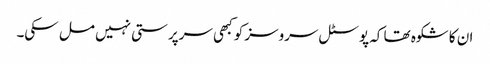
ان کا شکوہ تھا کہ پوسٹل سروسز کو کبھی سرپرستی نہیں مل سکی۔